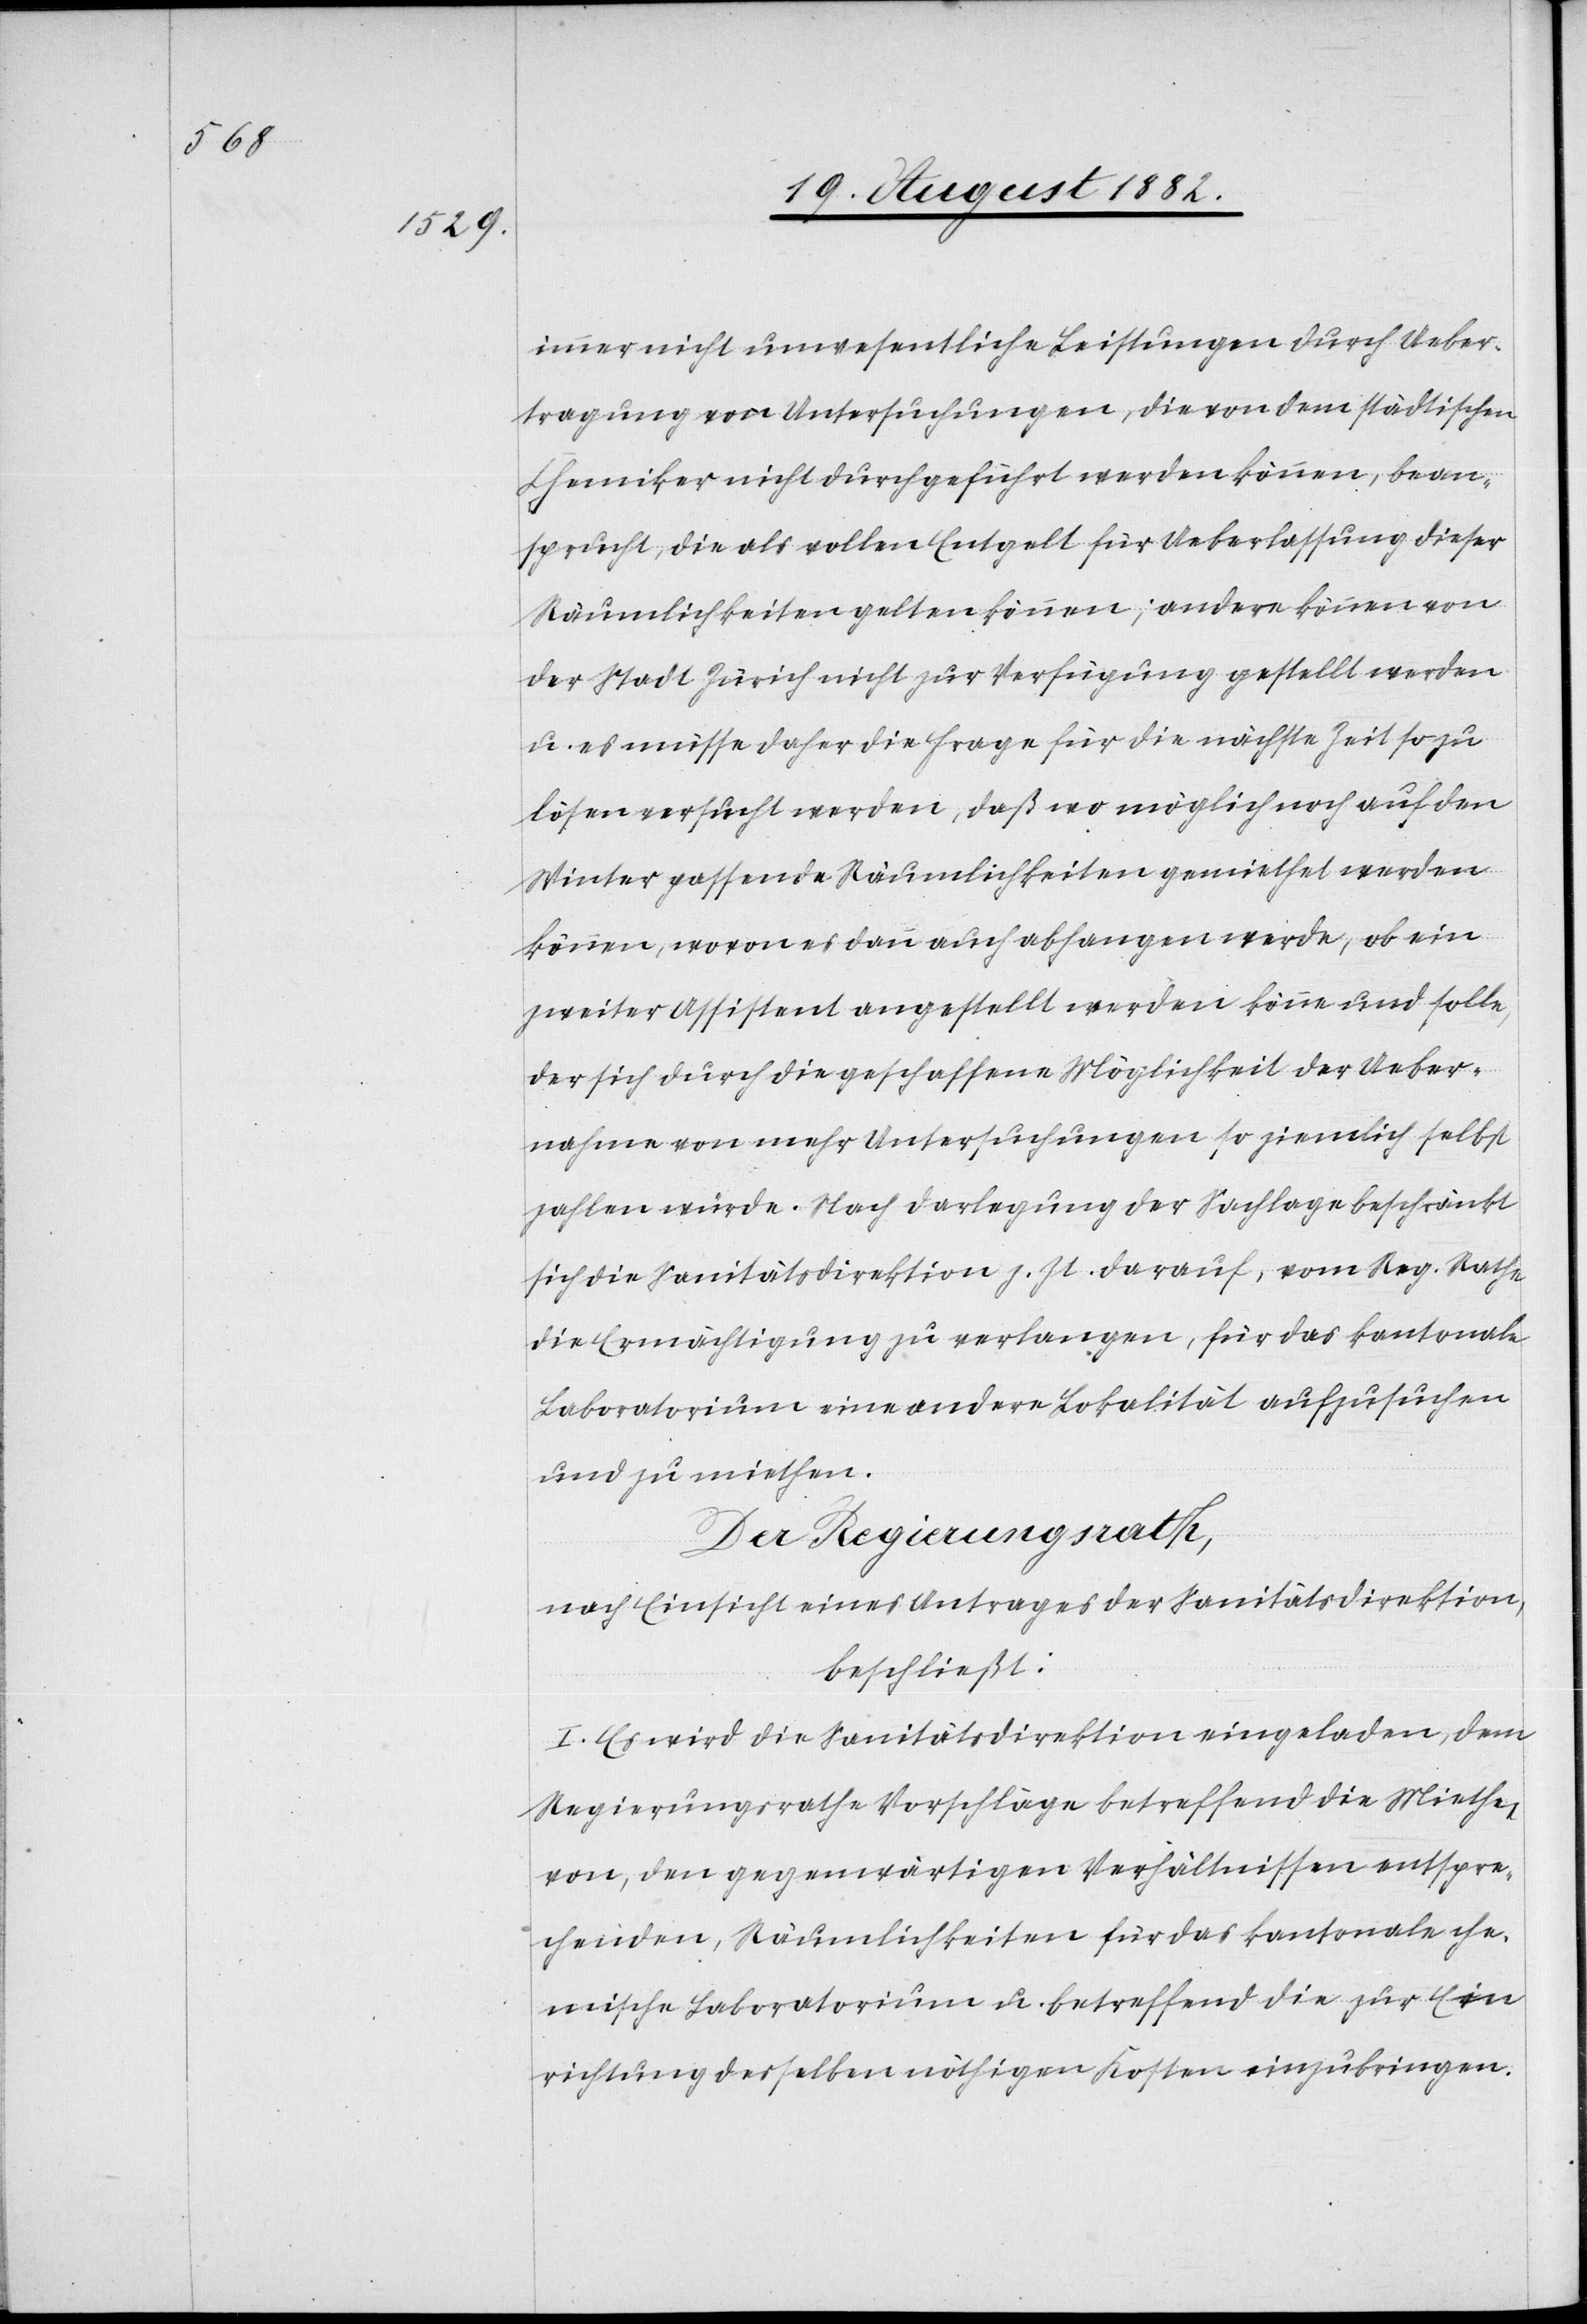
immer nicht unwesentliche Leistungen durch Ueber¬
tragung von Untersuchungen, die von dem städtischen
Chemiker nicht durchgeführt werden können, bean¬
sprucht, die als vollen Entgelt für Ueberlassung dieser
Räumlichkeiten gelten können; andere können von
der Stadt Zürich nicht zur Verfügung gestellt werden
u. es müsse daher die Frage für die nächste Zeit so zu
lösen versucht werden, daß wo möglich noch auf den
Winter passende Räumlichkeiten gemiethet werden
können, wovon es dann auch abhangen werde, ob ein
zweiter Assistent angestellt werden könne und sollte,
der sich durch die geschaffene Möglichkeit der Ueber¬
nahme von mehr Untersuchungen so ziemlich selbst
zahlen würde. Nach Darlegung der Sachlage beschränkt
sich die Sanitätsdirektion z. Zt. darauf, vom Reg. Rathe
die Ermächtigung zu verlangen, für das kantonale
Laboratorium eine andere Lokalität aufzusuchen
und zu miethen.
Der Regierungsrath,
nach Einsicht eines Antrages der Sanitätsdirektion,
beschließt:
I. Es wird die Sanitätsdirektion eingeladen, dem
Regierungsrathe Vorschläge betreffend die Miethe
von, den gegenwärtigen Verhältnissen entspre¬
chenden, Räumlichkeiten für das kantonale che¬
mische Laboratorium u. betreffend die zur Ein¬
richtung desselben nöthigen Kosten einzubringen.